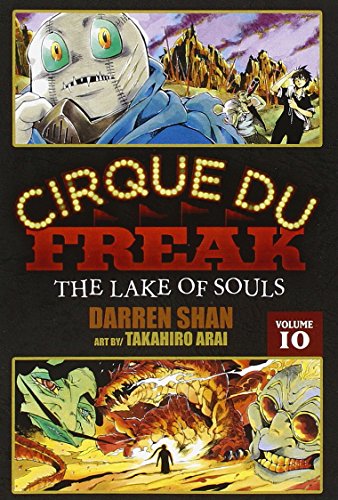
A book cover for Cirque Du Freak: The Manga, Vol. 10: The Lake of Souls; Darren Shan; Teen & Young Adult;